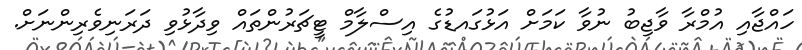
ހައްޖާއި އުމްރާ ވާޖިބު ނުވާ ކަމަށް އަޅުގައޑުގެ އިސްލާމް ޓީޗަރުންތައް ވިދާޅުވި ދަރަނިވެރިންނަށް.